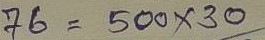
76 = 500 x 30